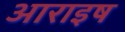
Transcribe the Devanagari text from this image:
आराइष